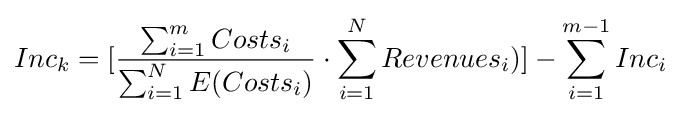
Inc_{k}=[{\frac {\sum _{i=1}^{m}Costs_{i}}{\sum _{i=1}^{N}E(Costs_{i})}}\cdot \sum _{i=1}^{N}Revenues_{i})]-\sum _{i=1}^{m-1}Inc_{i}